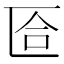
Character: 匼